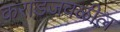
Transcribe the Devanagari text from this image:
कराडजवळील